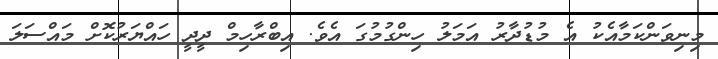
މިނިވަންކަމާއެކު އެ މުޑުދާރު އަމަލު ހިންގުމުގަ އެވެ. އިބްރާހިމް ދީދީ ހައްޔަރުކޮށް މައްސަލަ